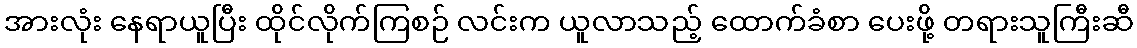
အားလုံး နေရာယူပြီး ထိုင်လိုက်ကြစဉ် လင်းက ယူလာသည့် ထောက်ခံစာ ပေးဖို့ တရားသူကြီးဆီ